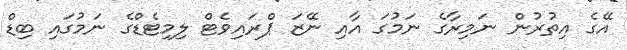
އޭގެ އިތުރުން ނަމިރާގެ ނަމުގަ އާއި ނޭޒަ ޕްރައިވެޓް ލިމިޓެޑްގެ ނަމުގައި ބިޑް